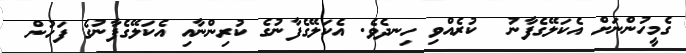
ގެމީހުންނަށް އެކަލޭގެފާނު  ކުރެއްވި ހިނދެވެ. އެކަލޭގެފާނުގެ ކުރިންނާއި އެކަލޭގެފާނުގެ ފަހުން